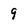
Character: 9